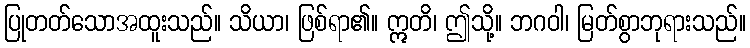
ပြုတတ်သောအထူးသည်။ သိယာ၊ ဖြစ်ရာ၏။ ဣတိ၊ ဤသို့။ ဘဂဝါ၊ မြတ်စွာဘုရားသည်။